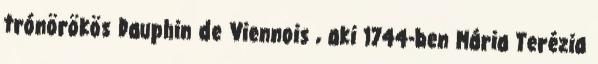
trónörökös Dauphin de Viennois , aki 1744-ben Mária Terézia